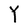
Character: Y